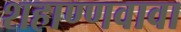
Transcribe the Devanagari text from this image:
शहाण्णवावा